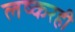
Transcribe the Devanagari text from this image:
लष्करही